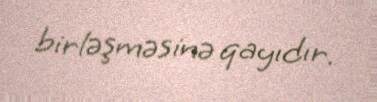
birləşməsinə qayıdır.